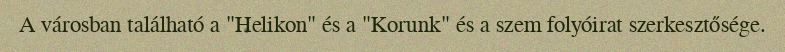
A városban található a "Helikon" és a "Korunk" és a szem folyóirat szerkesztősége.